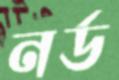
নর্ড